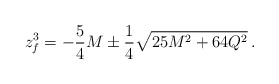
\begin{align*}z_f ^3 = -{5\over4}M \pm {1\over 4} \sqrt{25M^2+64Q^2} \, .\end{align*}